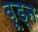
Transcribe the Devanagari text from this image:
वूड्न